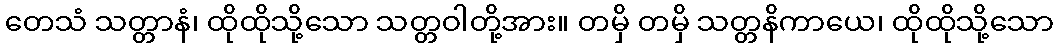
တေသံ သတ္တာနံ၊ ထိုထိုသို့သော သတ္တဝါတို့အား။ တမှိ တမှိ သတ္တနိကာယေ၊ ထိုထိုသို့သော